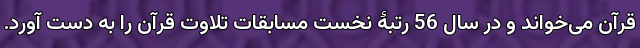
قرآن می‌خواند و در سال 56 رتبۀ نخست مسابقات تلاوت قرآن را به دست آورد.